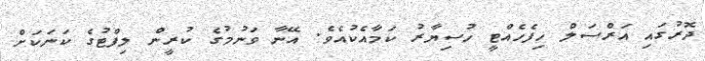
ދޮރުގައި އަރްސަލް ހިފެހެއްޓީ ހުސިޔާރު ކަމާއެކުއެވެ. އޭނާ ވަނުމުގެ ކުރީން ލިފްޓުގެ ކަނަކަށް